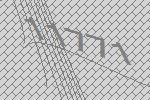
11771